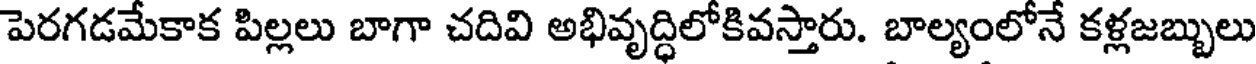
పెరగడమేకాక పిల్లలు బాగా చదివి అభివృద్ధిలోకివస్తారు. బాల్యంలోనే కళ్లజబ్బులు